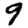
Digit: 9